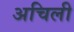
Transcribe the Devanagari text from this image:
अचिली